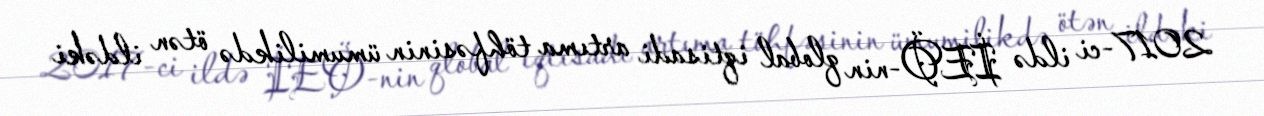
2017-ci ildə İEÖ-nin qlobal iqtisadi artıma töhfəsinin ümumilikdə ötən ildəki